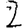
Digit: 2